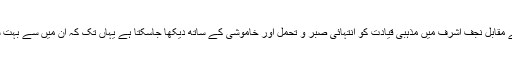
ماضی میں مقتدی الصدر کے بہت سے انتہائی متنازعہ قسم کے اقدامات اور بیانات کے مقابل نجف اشرف میں مذہبی قیادت کو انتہائی صبر و تحمل اور خاموشی کے ساتھ دیکھا جاسکتا ہے یہاں تک کہ ان میں سے بہت سی شخصیات کو خاموش اور ساکت مذہبی شخصیت تک کے الزامات کاسامنا کرنا پڑا۔